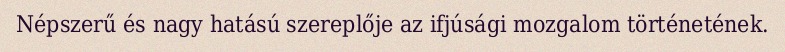
Népszerű és nagy hatású szereplője az ifjúsági mozgalom történetének.